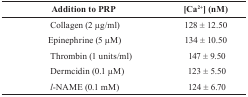
<table><thead><tr><td><b>Addition to PRP</b></td><td><b>[Ca<sup>2+</sup>] (nM)</b></td></tr></thead><tbody><tr><td>Collagen (2 μg/ml)</td><td>128 ± 12.50</td></tr><tr><td>Epinephrine (5 μM)</td><td>134 ± 10.50</td></tr><tr><td>Thrombin (1 units/ml)</td><td>147 ± 9.50</td></tr><tr><td>Dermcidin (0.1 μM)</td><td>123 ± 5.50</td></tr><tr><td><i>l</i>-NAME (0.1 mM)</td><td>124 ± 6.70</td></tr></tbody></table>